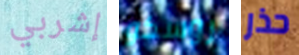
إشربي روسكو حذر